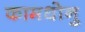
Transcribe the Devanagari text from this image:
कामधोनु